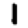
Digit: 1